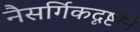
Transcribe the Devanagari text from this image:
नैसर्गिकदृष्टीने